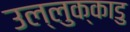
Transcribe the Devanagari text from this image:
उल्लुक्काडु